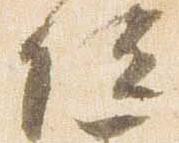
位